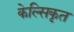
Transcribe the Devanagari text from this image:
केल्सिकृत